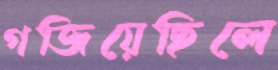
গজিয়েছিলে